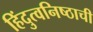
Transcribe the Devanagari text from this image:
हिंदुत्वनिष्ठाची